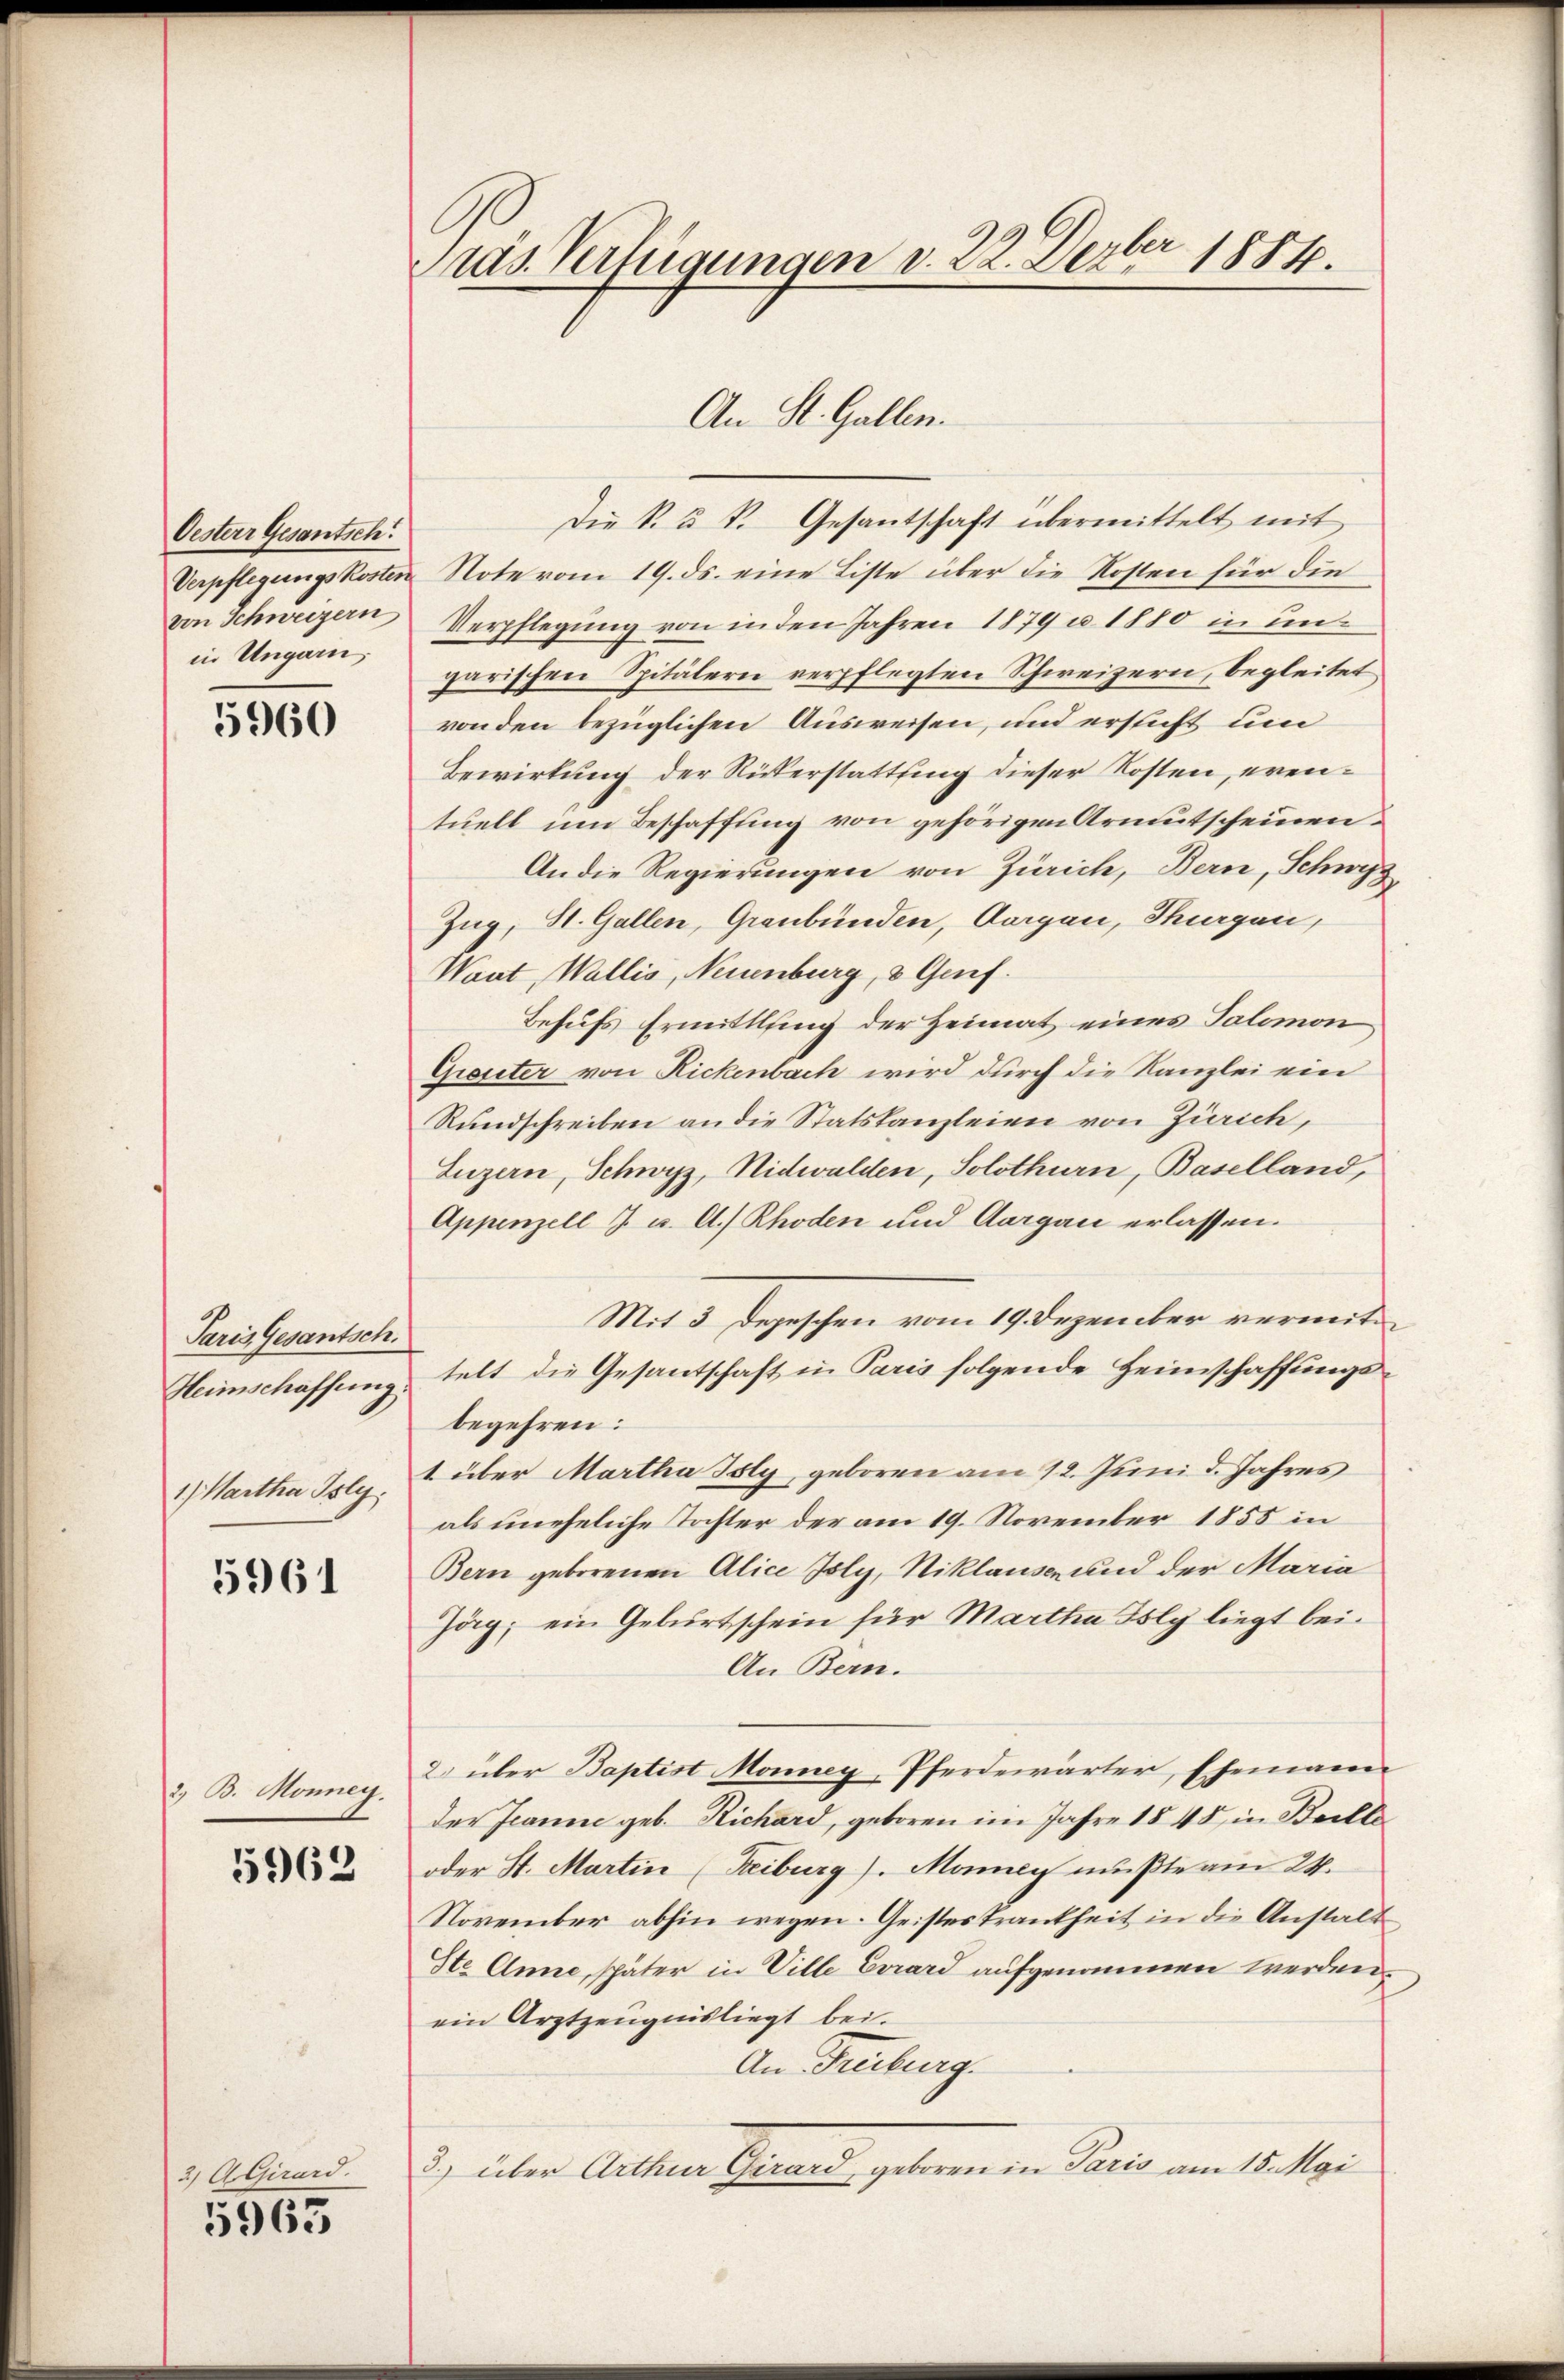
Oesterr Gesantsch
von Schweizern
in Ungarn,

5960

Paris Gesantsch.
Heimschaffung.
1 Martha Isly.

5961

2. B. Monney.

5962

3) A Girard.

5965

as Verfügungen v. 22. Dezbr 1884.

An St. Gallen.

Die R. u. k. Gesantschaft übermittelt mit
Verpflegungskosten Note vom 19. ds. eine Liste über die Kosten für die
Verpflegung von in den Jahren 1879 u. 1880 in unt
garischen Spitälern verpflegten Schweizern, begleitet
von den bezüglichen Ausweisen, und ersticht um
Bewirkung der Rükerstattung dieser Kosten, eventuell um Beschaffung von gehörigen Armutscheinen
An die Regierungen von Zürich, Bern, Schwyz
Zug, St. Gallen, Graubünden, Aargau, Thurgen,
Want, Wallis, Neuenburg, & Genf.
Behufs Ermittling der Heimat eines Salomon
Giester von Rickenbach wird durch die Kanzlei ein
Rundschreiben an die Statskanzleien von Zürich,
Luzern, Schwyz, Nidwalden, Solothurn, Baselland,
Appenzell I. u. A.) Rhoden und Aargau erlassen.
Mit 3 Depeschen vom 19. Dezember vermittelt die Gesantschaft in Paris folgende Heimschaffungsbegehren:
1 über Martha Isly, geboren am 12. Juni d. Jahres
als uneheliche Tochter der am 19. November 1855 in
Bern geborenen Alice Joly, Niklausen und der Maria
Zag; ein Geburtschein für Martha Isly liegt bei.
An Bern.
2) über Baptist Monney, Pferdewärter, Ehemann
der Jeanne geb. Richard, geboren im Jahre 1848 in Beille
oder St. Martin (Reiburg). Manny mußte am 24.
November abhin wegen. Geisteskrankheit in die Anstalt
Ste Anne, später in Ville Evard aufgenommen werden.
ein Arztzeugnis liegt bei.
An Freiburg.
3) über Arthur Girard, geboren in Paris am 15. Mai